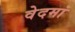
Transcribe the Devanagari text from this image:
वेदमां